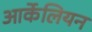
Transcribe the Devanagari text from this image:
आर्केलियन